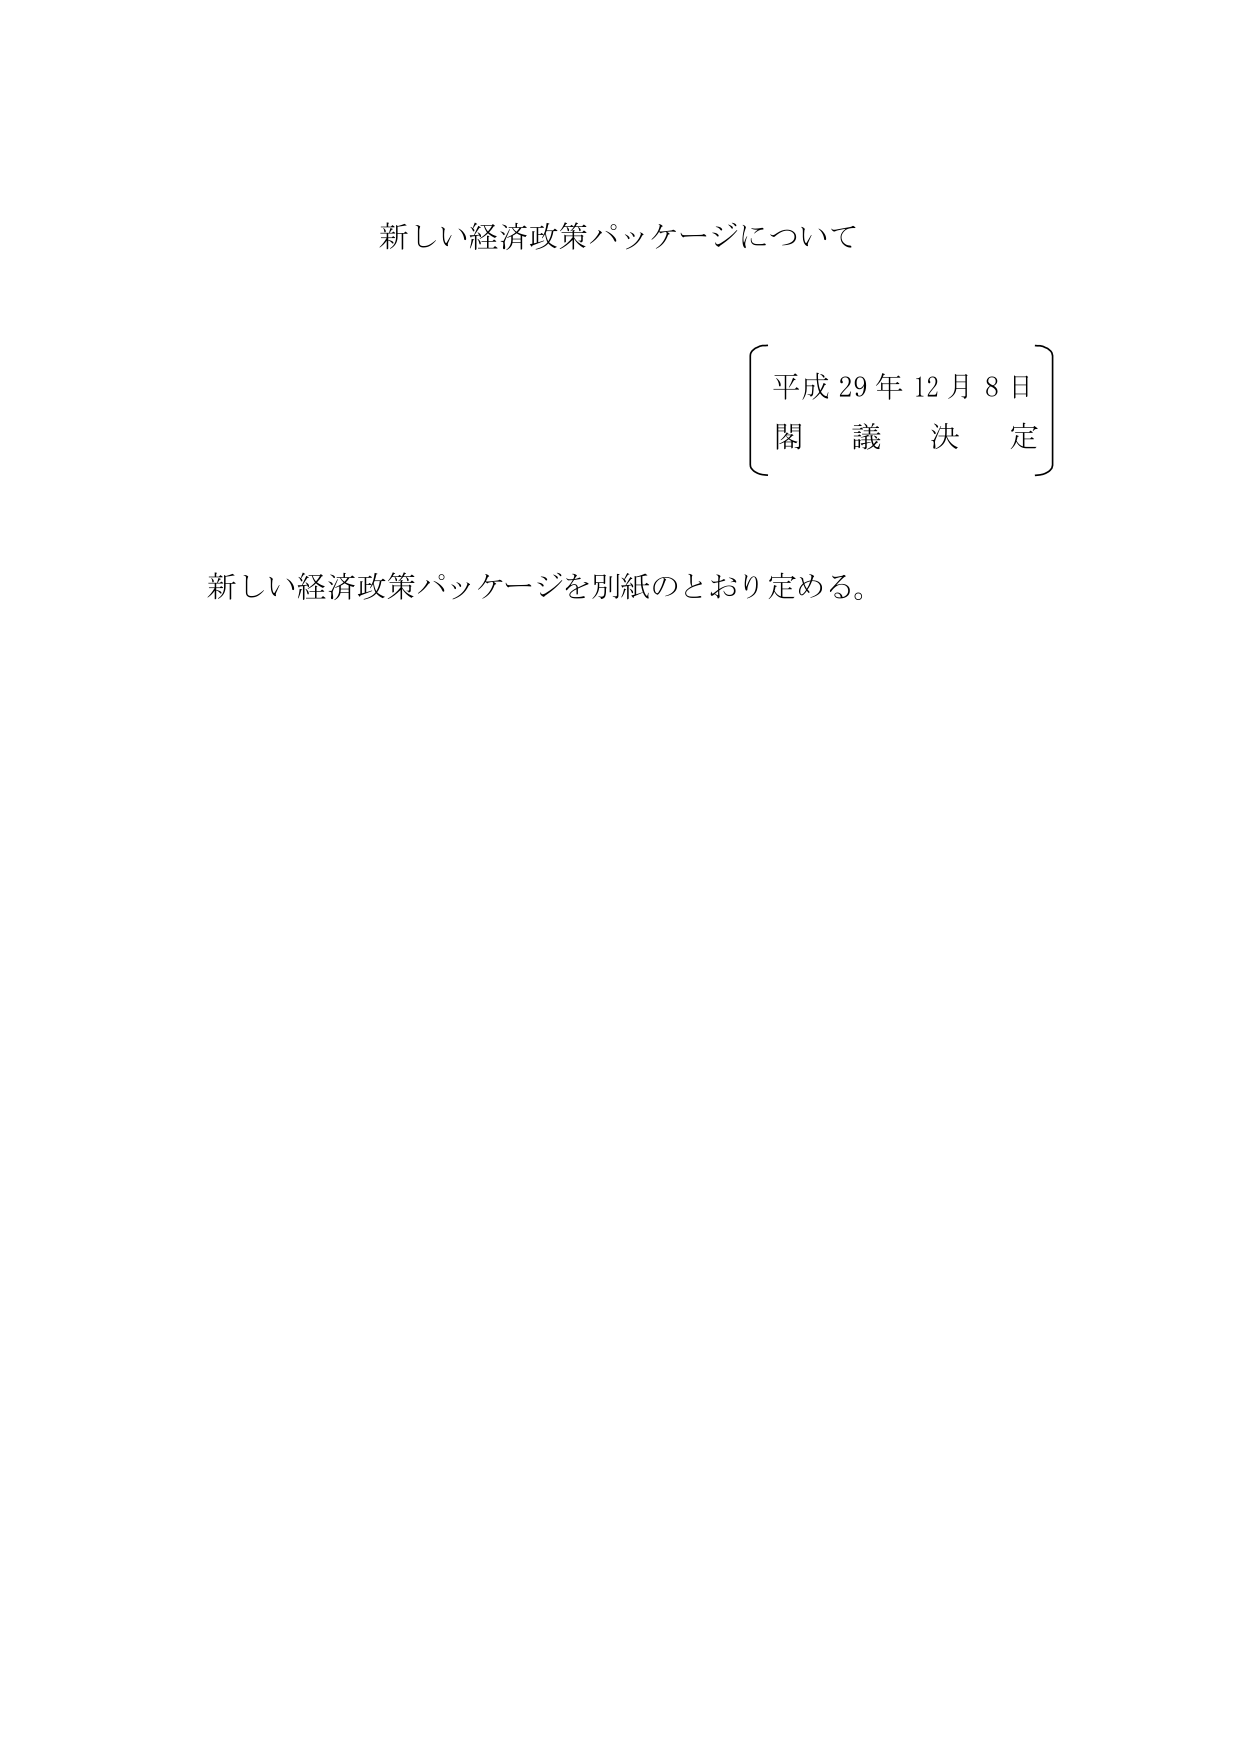
新しい経済政策パッケージについて

平成29年12月8日
閣議決定

新しい経済政策パッケージを別紙のとおり定める。